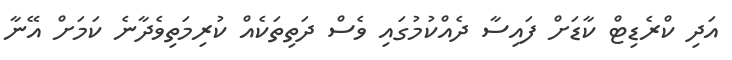
އަދި ކްރެޑިޓް ކާޑަށް ފައިސާ ދެއްކުމުގައި ވެސް ދަތިތަކެއް ކުރިމަތިވެދާނެ ކަމަށް އޭނާ